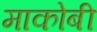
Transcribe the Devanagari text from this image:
माकोबी